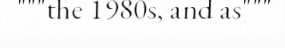
"""the 1980s, and as"""